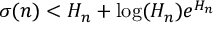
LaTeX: \sigma ( n ) < H _ { n } + \log ( H _ { n } ) e ^ { H _ { n } }